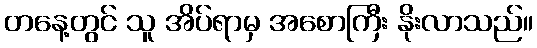
တနေ့တွင် သူ အိပ်ရာမှ အစောကြီး နိုးလာသည်။